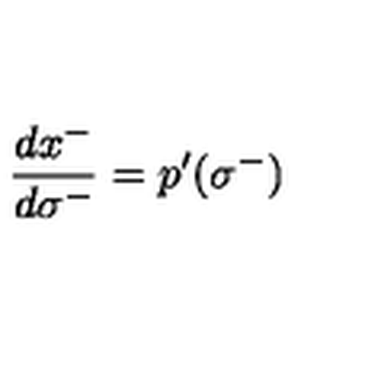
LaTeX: \: \frac { d x ^ { - } } { d \sigma ^ { - } } = p ^ { \prime } ( \sigma ^ { - } ) \: